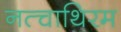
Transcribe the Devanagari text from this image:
नत्चाथिरम